Report on vaccination in Madras 1877-1894 - 1877-1894
Year: 1877
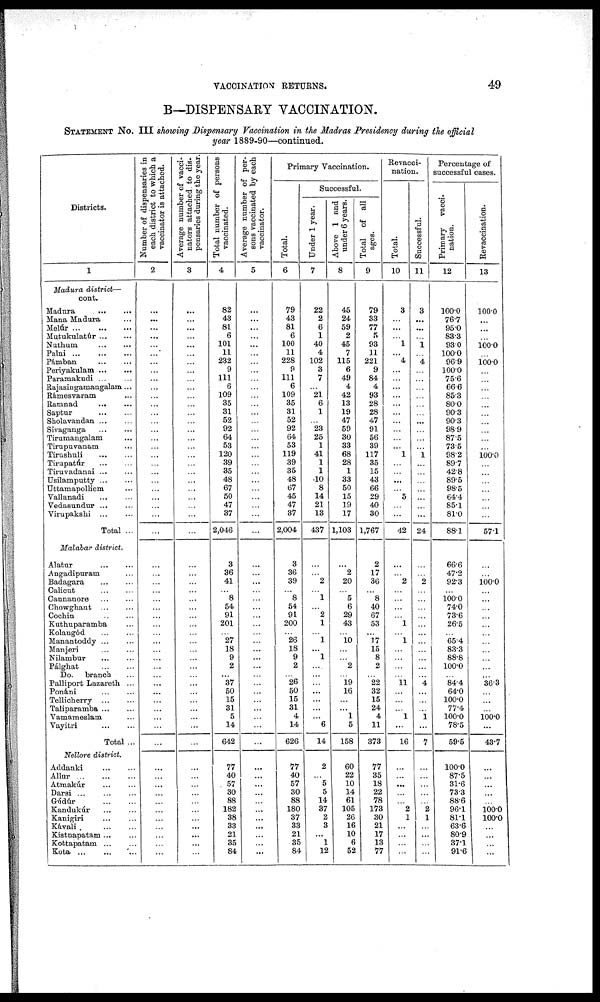
VACCINATION RETURNS.
49
B—DISPENSARY VACCINATION.
STATEMENT NO. III showing Dispensary Vaccination in the Madras Presidency during the official
year 1889-90—continued.
Districts.
1
Madura district—
cont.
Madura
...
...
Mana Madura ...
Melúr
...
...
...
Mutukulatúr ... ...
Nuthum
...
...
Palni
...
...
...
Pámban ... ...
Periyakulam ... ...
Paramakudi ... ...
Rajasingamangalam...
Rámesvaram ...
Ramnad ... ...
Saptur
...
...
Sholavandan ... ...
Sivaganga
...
...
Tirumangalam ...
Tirupuvanam ...
Tirushuli ... ...
Tirupatúr
...
...
Tiruvadanai ... ...
Usilamputty ......
Uttamapolliem ...
Yallanadi
...
...
Vedaimndur ... ...
Virupakshi
...
...
Total ...
Malabar district.
Alatur
...
...
Angadipuram ...
Badagara
...
...
Calicut ... ...
Gannanore ... ...
Chowghaut
...
...
Cochin
...
...
Kuthuparamba ...
Kolangód
...
...
Manantoddy ... ...
Manjeri ... ...
Nilambur ... ...
Pálghat
...
...
Do. branch ...
Palliport Lazareth ...
Ponáni ... ...
Tellicberry ... ...
Taliparamba ... ...
Vamameslam ...
Vayitri ... ...
Total ...
Nellore district.
Addanki
...
...
Allur
...
...
Atmakúr ... ... ...
Darsi ... ... ...
Gúdúr
...
...
Kandukúr ... ...
Kanigiri ... ...
Kávali
...
...
Kistnapatam ... ...
Kottapatam ... ...
Kota ... ... ...
Number of dispensaries in
each district to which a
vaccinator is attached.
2
...
...
...
...
...
...
...
...
...
...
...
...
...
...
...
...
...
...
...
...
...
...
...
...
...
...
...
...
...
...
...
...
...
...
...
...
...
...
...
...
...
...
...
...
...
...
...
...
...
...
...
...
...
...
...
...
...
...
Average number of vacci-
nators attached to dis-
pensaries during the year.
3
...
...
...
...
...
...
...
...
...
...
...
...
...
...
...
...
...
...
...
...
...
...
...
...
...
...
...
...
...
...
...
...
...
...
...
...
...
...
...
...
...
...
...
...
...
...
...
...
...
...
...
...
...
...
...
...
...
...
Total number of persons
vaccinated.
4
82
43
81
6
101
11
232
9
111
6
109
35
31
52
92
64
53
120
39
35
48
67
50
47
37
2,046
3
36
41
...
8
54
91
201
...
27
18
9
2
...
37
50
15
31
5
14
642
77
40
57
30
88
182
38
33
21
35
84
Average number of per-
sons vaccinated by each
vaccinator.
5
...
...
...
...
...
...
...
...
...
...
...
...
...
...
...
...
...
...
...
...
...
...
...
...
...
...
...
...
...
...
...
...
...
...
...
...
...
...
...
...
...
...
...
...
...
...
...
...
...
...
...
...
...
...
...
...
...
...
Primary Vaccination.
Total.
6
79
43
81
6
100
11
228
9
111
6
109
35
31
52
92
64
53
119
39
35
48
67
45
47
37
2,004
3
36
39
...
8
54
91
200
...
26
18
9
2
...
26
50
15
31
4
14
626
77
40
57
30
88
180
37
33
21
35
84
Successful.
Under 1 year.
7
22
2
6
1
40
4
102
3
7
...
21
6
1
...
23
25
1
41
1
1
10
8
14
21
13
437
...
...
2
...
1
...
2
1
...
1
...
1
...
...
...
...
...
...
...
6
14
2
5
5
14
37
2
3
...
1
12
Above 1 and
under 6 years.
8
45
24
59
2
45
7
115
6
49
4
42
13
19
47
59
30
33
68
28
1
33
50
15
19
17
1,103
...
2
20
...
5
6
29
43
...
10
...
...
2
...
19
16
...
...
1
5
158
60
22
10
14
61
105
26
16
10
6
52
Total of all
ages.
9
79
33
77
5
93
11
221
9
84
4
93
28
28
47
91
56
39
117
35
15
43
66
29
40
30
1,767
2
17
36
...
8
40
67
53
...
17
15
8
2
...
22
32
15
24
4
11
373
77
35
18
22
78
173
30
21
17
13
77
Revacoi-
nation.
Total.
10
3
...
...
...
1
...
4
...
...
...
...
...
...
...
...
...
...
1
...
...
...
...
5
...
...
42
...
...
2
...
...
...
...
1
...
1
...
...
...
...
11
...
...
...
1
...
16
...
...
...
...
...
2
1
...
...
...
...
Successful.
11
3
...
...
...
1
...
4
...
...
...
...
...
...
...
...
...
...
1
...
...
...
...
...
...
...
24
...
...
2
...
...
...
...
...
...
...
...
...
...
...
4
...
...
...
1
...
7
...
...
...
...
...
2
1
...
...
...
...
Percentage of
successful cases.
Primary vacci-
nation.
12
100.0
76.7
95.0
83.3
93.0
100.0
96.9
100.0
75.6
66.6
85.3
80.0
90.3
90.3
98.9
87.5
73.5
98.2
89.7
42.8
89.5
98.5
64.4
85.1
81.0
88.1
66.6
47.2
92.3
...
100.0
74.0
73.6
26.5
...
65.4
83.3
88.8
100.0
...
84.4
64.0
100.0
77.4
100.0
78.5
59.5
100.0
87.5
31.6
73.3
88.6
96.1
81.1
63.6
80.9
37.1
91.6
Revaccination.
13
100.0
...
...
...
100.0
...
100.0
...
...
...
...
...
...
...
...
...
...
100.0
...
...
...
...
...
...
...
57.1
...
...
100.0
...
...
...
...
...
...
...
...
...
...
...
36.3
...
...
...
100.0
...
43.7
...
...
...
...
...
100.0
100.0
...
...
...
...